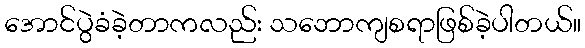
အောင်ပွဲခံခဲ့တာကလည်း သဘောကျစရာဖြစ်ခဲ့ပါတယ်။